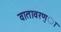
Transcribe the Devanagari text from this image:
वातावरण्ा